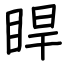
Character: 睅